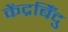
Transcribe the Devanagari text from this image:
केंद्रबिँदु